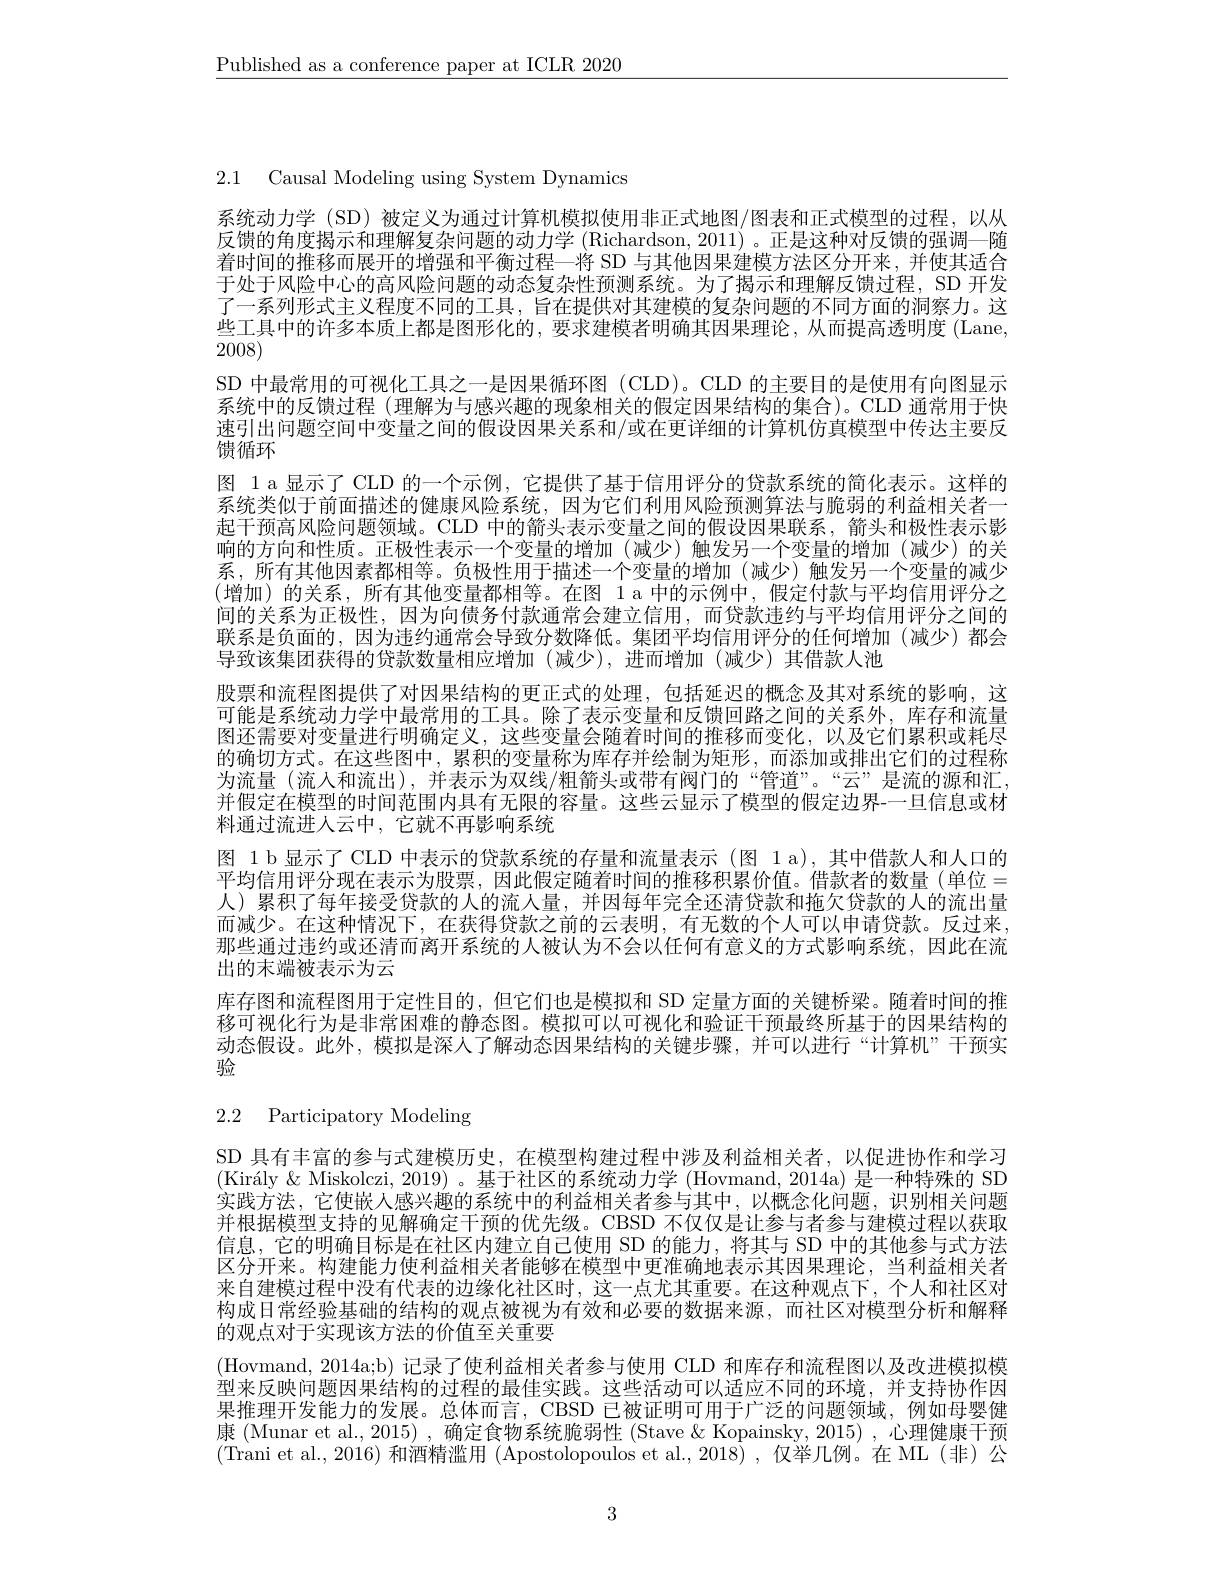
$\underline{\text{Published as a conference paper at ICLR 2020}}$

2.1 Causal Modeling using System Dynamics

系统动力学 (SD)被定义为通过计算机模拟使用非正式地图/图表和正式模型的过程，以从反馈的角度揭示和理解复杂问题的动力学 (Richardson, 2011) 。正是这种对反馈的强调一随着时间的推移而展开的增强和平衡过程一将 SD 与其他因果建模方法区分开来，并使其适合于处于风险中心的高风险问题的动态复杂性预测系统。为了揭示和理解反馈过程，SD 开发了一系列形式主义程度不同的工具，旨在提供对其建模的复杂问题的不同方面的洞察力。这些工具中的许多本质上都是图形化的，要求建模者明确其因果理论，从而提高透明度 (Lane, $2\overline{008})$
SD 中最常用的可视化工具之一是因果循环图 (CLD)。CLD 的主要目的是使用有向图显示系统中的反馈过程 (理解为与感兴趣的现象相关的假定因果结构的集合)。CLD 通常用于快速引出间题空间中变量之间的假设因果关系和/或在更详细的计算机仿真模型中传达主要反馈循环
图 1 a 显示了 CLD 的一个示例，它提供了基于信用评分的贷款系统的简化表示。这样的系统类似于前面描述的健康风险系统，因为它们利用风险预测算法与脆弱的利益相关者一起干预高风险问题领域。CLD 中的箭头表示变量之间的假设因果联系，箭头和极性表示影响的方向和性质。正极性表示一个变量的增加 (减少)触发另一个变量的增加 (减少)的关系，所有其他因素都相等。负极性用于描述一个变量的增加(减少)触发另一个变量的减少(增加)的关系，所有其他变量都相等。在图 1 a 中的示例中，假定付款与平均信用评分之间的关系为正极性，因为向债务付款通常会建立信用，而贷款违约与平均信用评分之间的联系是负面的，因为违约通常会导致分数降低。集团平均信用评分的任何增加(减少)都会导致该集团获得的贷款数量相应增加 (减少),进而增加 (减少)其借款人池
股票和流程图提供了对因果结构的更正式的处理，包括延迟的概念及其对系统的影响，这可能是系统动力学中最常用的工具。除了表示变量和反馈回路之间的关系外，库存和流量图还需要对变量进行明确定义，这些变量会随着时间的推移而变化，以及它们累积或耗尽的确切方式。在这些图中，累积的变量称为库存并绘制为矩形，而添加或排出它们的过程称为流量(流人和流出),并表示为双线/粗箭头或带有阀门的“管道”。“云”是流的源和汇并假定在模型的时间范围内具有无限的容量。这些云显示了模型的假定边界-一旦信息或材料通过流进入云中，它就不再影响系统
图 1 b 显示了 CLD 中表示的贷款系统的存量和流量表示 (图 1 a),其中借款人和人口的平均信用评分现在表示为股票，因此假定随着时间的推移积累价值。借款者的数量(单位= 人)累积了每年接受贷款的人的流人量，并因每年完全还清贷款和拖欠贷款的人的流出量而减少。在这种情况下，在获得贷款之前的云表明，有无数的个人可以申请贷款。反过来， 那些通过违约或还清而离开系统的人被认为不会以任何有意义的方式影响系统，因此在流出的末端被表示为云
库存图和流程图用于定性目的，但它们也是模拟和 SD 定量方面的关键桥梁。随着时间的推移可视化行为是非常困难的静态图。模拟可以可视化和验证干预最终所基于的因果结构的动态假设。此外，模拟是深人了解动态因果结构的关键步骤，并可以进行“计算机”干预实验

2.2 Participatory Modeling

SD 具有丰富的参与式建模历史，在模型构建过程中涉及利益相关者，以促进协作和学习$( \text{Kir\' {a}ly}\&$ Miskolczi, 2019) 。基于社区的系统动力学(Hovmand, 2014a) 是一种特殊的 SD 实践方法，它使嵌人感兴趣的系统中的利益相关者参与其中，以概念化问题，识别相关问题并根据模型支持的见解确定干预的优先级。CBSD 不仅仅是让参与者参与建模过程以获取信息，它的明确目标是在社区内建立自己使用 SD 的能力，将其与 SD 中的其他参与式方法区分开来。构建能力使利益相关者能够在模型中更准确地表示其因果理论，当利益相关者来自建模过程中没有代表的边缘化社区时，这一点尤其重要。在这种观点下，个人和社区对构成日常经验基础的结构的观点被视为有效和必要的数据来源，而社区对模型分析和解释的观点对于实现该方法的价值至关重要
(Hovmand, 2014a;b) 记录了使利益相关者参与使用 CLD 和库存和流程图以及改进模拟模型来反映问题因果结构的过程的最佳实践。这些活动可以适应不同的环境，并支持协作因果推理开发能力的发展。总体而言，CBSD 已被证明可用于广泛的问题领域，例如母婴健康 (Munar et al., 2015) , 确定食物系统脆弱性 (Stave & Kopainsky, 2015) , 心理健康干预(Trani et al.,2016) 和酒精滥用 (Apostolopoulos et al.,2018) ,仅举几例。在 ML(非)公

3